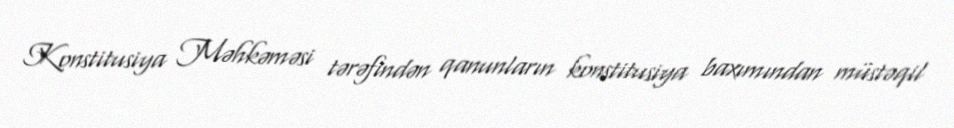
Konstitusiya Məhkəməsi tərəfindən qanunların konstitusiya baxımından müstəqil